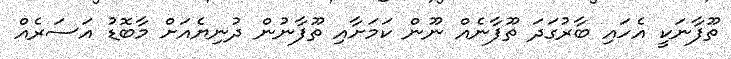
ތޫފާނަކީ އެހައި ބާރުގަދަ ތޫފާނެއް ނޫން ކަމަށާއި ތޫފާނުން ދުނިޔެއަށް މާބޮޑު އަސަރެއް